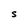
Character: S